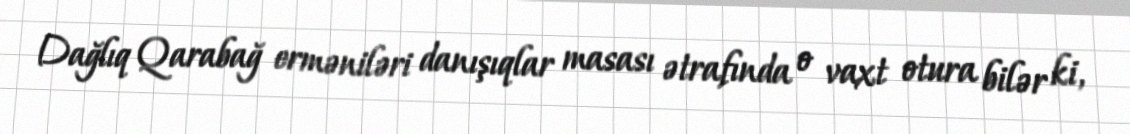
Dağlıq Qarabağ erməniləri danışıqlar masası ətrafında o vaxt otura bilər ki,